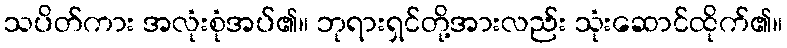
သပိတ်ကား အလုံးစုံအပ်၏။ ဘုရားရှင်တို့အားလည်း သုံးဆောင်ထိုက်၏။